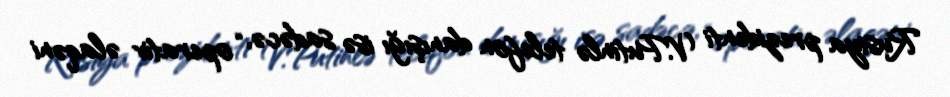
Rusiya prezidenti V.Putinlə telefon danışığı isə sadəcə, “operativ əlaqəni